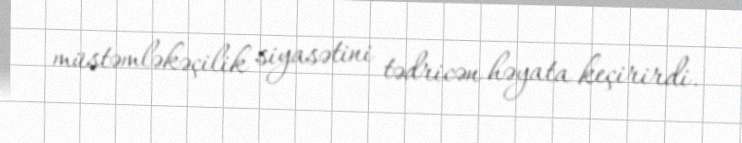
müstəmləkəçilik siyasətini tədricən həyata keçirirdi.